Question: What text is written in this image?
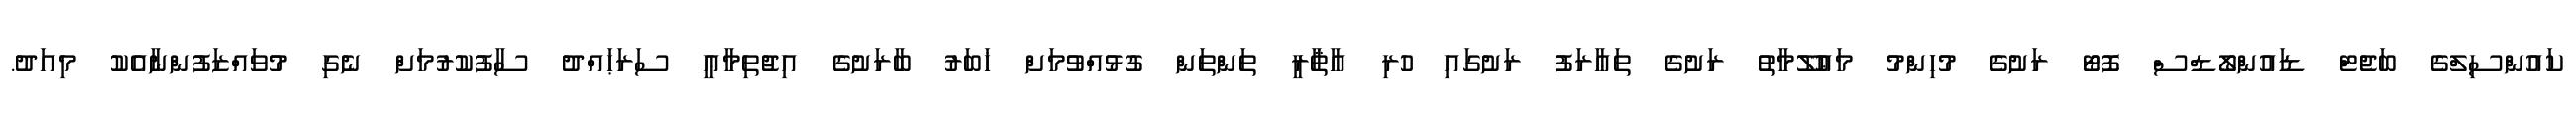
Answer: ކައުންސިލްގެ ބަޖެޓް ޑައުންލޯޑްސް ފޮޓޯ ރަށުގެ މުހިންމު މަޢުލޫމާތު ރަށުގެ ތަޢާރަފު ރަށުގައި ހުރި އާޘާރީ ތަންތަން ގުޅުއްވުމަށް ޚަބަރު ބާރަށުގެ އިޖުތިމާޢީ ސަރަޙައްދު ސާފުކުރުމަށް ނެގި މުވައްޒަފުންނާއެކު މިއަދު.